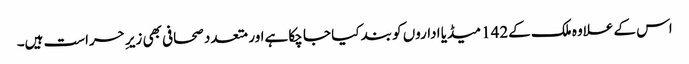
اس کے علاوہ ملک کے142 میڈیا اداروں کو بند کیا جا چکا ہےاور متعدد صحافی بھی زیرِ حراست ہیں۔